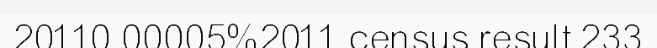
20110.00005%2011 census result 233